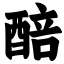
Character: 醅